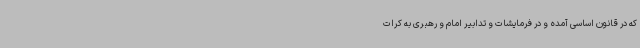
که در قانون اساسی آمده و در فرمایشات و تدابیر امام و رهبری به کرات